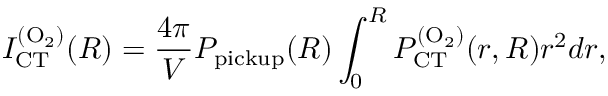
I _ { \mathrm { C T } } ^ { \mathrm { ( O _ { 2 } ) } } ( R ) = \frac { 4 \pi } { V } P _ { \mathrm { p i c k u p } } ( R ) \int _ { 0 } ^ { R } P _ { \mathrm { C T } } ^ { \mathrm { ( O _ { 2 } ) } } ( r , R ) r ^ { 2 } d r ,